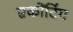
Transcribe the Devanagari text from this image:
एकोंटिंग